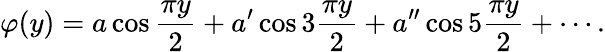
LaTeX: \varphi(y)=a\cos{\frac{\pi y}{2}}+a^{\prime}\cos 3{\frac{\pi y}{2}}+a^{\prime\prime}\cos 5{\frac{\pi y}{2}}+\cdots.